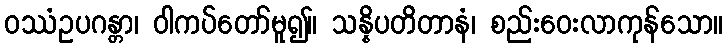
ဝဿံဥပဂန္တာ၊ ဝါကပ်တော်မူ၍။ သန္နိပတိတာနံ၊ စည်းဝေးလာကုန်သော။